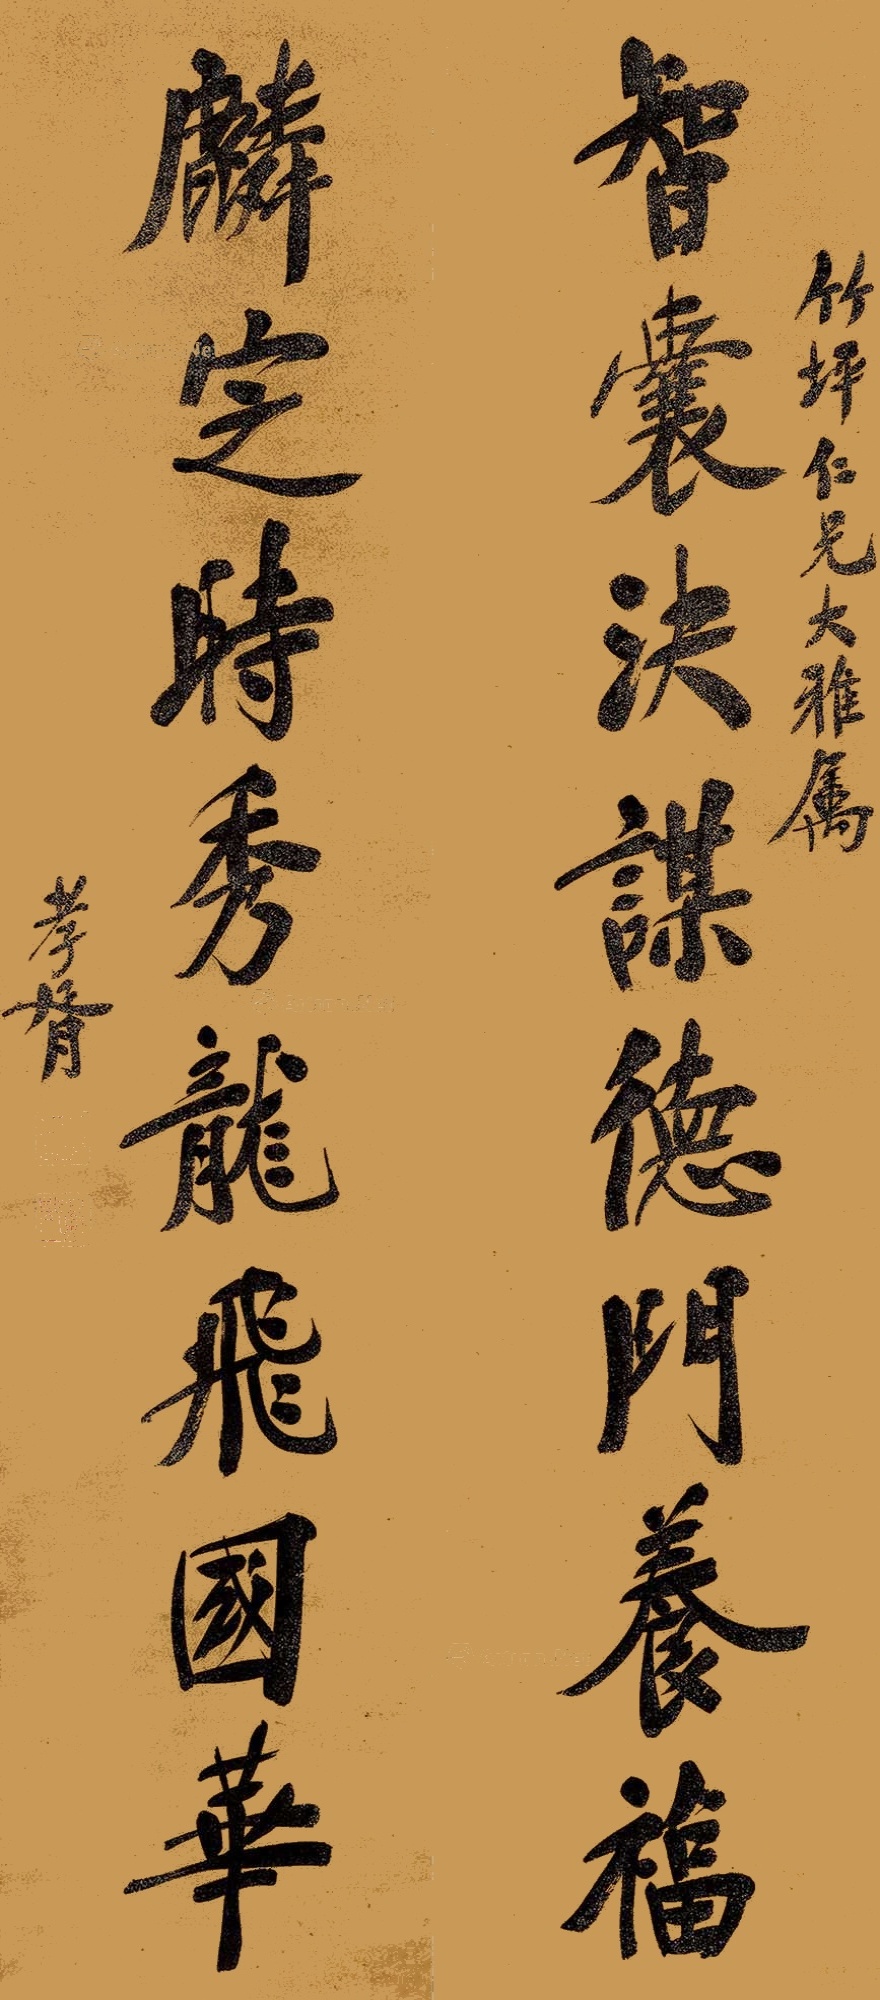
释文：智囊决谋德门养福，麟定时秀龙飞国华。竹坪仁兄大雅属，孝胥。